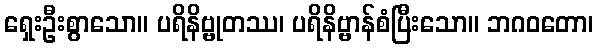
ရှေးဦးစွာသော။ ပရိနိဗ္ဗုတဿ၊ ပရိနိဗ္ဗာန်စံပြီးသော။ ဘဂဝတော၊